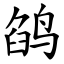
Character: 鹐